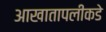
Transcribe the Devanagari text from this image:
आखातापलीकडे